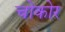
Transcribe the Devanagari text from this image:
चोकोर